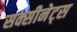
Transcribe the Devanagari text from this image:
सक्सीनेट्स